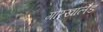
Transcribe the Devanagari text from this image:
गोरखालैँड